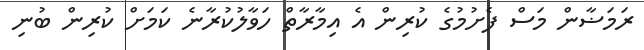
ރަމަޟާން މަސް ފެށުމުގެ ކުރިން އެ އިމާރާތް ހަވާލުކުރާނެ ކަމަށް ކުރިން ބުނި